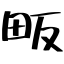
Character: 畈